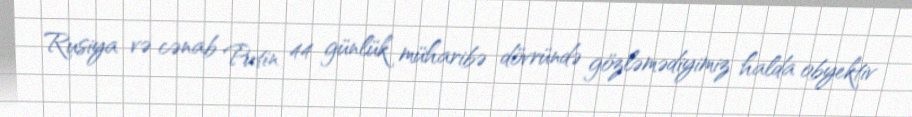
Rusiya və cənab Putin 44 günlük müharibə dövründə gözləmədiyimiz halda obyektiv